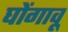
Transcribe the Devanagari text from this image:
घोंगावू